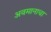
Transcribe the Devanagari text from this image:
अवमानाचा